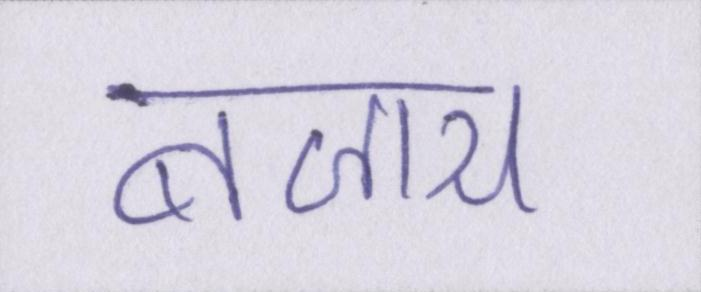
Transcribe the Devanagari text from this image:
बजाय